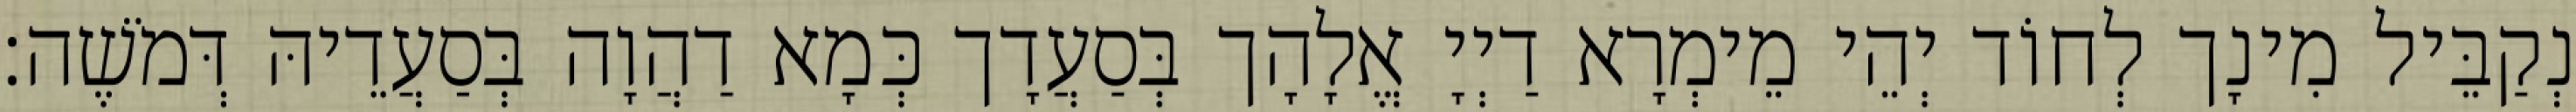
נְקַבֵּיל מִינָך לְחוֹד יְהֵי מֵימְרָא דַיְיָ אֱלָהָך בְּסַעֲדָך כְּמָא דַהֲוָה בְּסַעֲדֵיהּ דְּמֹשֶׁה׃